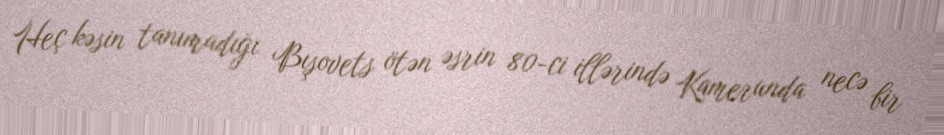
Heç kəsin tanımadığı Bışovets ötən əsrin 80-ci illərində Kamerunda necə bir